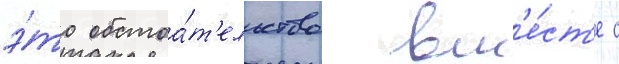
э́то обстоа́т'ельство вм'е́ст'е с